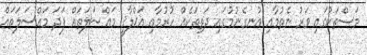
މަސްތަކުގައި ވަރު ނެތުމާއި އުނގެނުމުގައި ދަތިތަކެއް ހުރުމާއި އަޚްލާޤީ މައްސަލަތައް ފަދަ މައްސަލަތައް